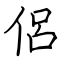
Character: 侶